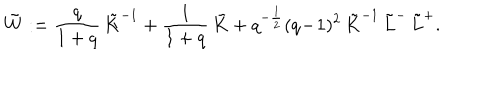
\tilde { W } : = \frac q { 1 + q } \, \tilde { K } ^ { - 1 } + \frac 1 { 1 + q } \, \tilde { K } + q ^ { - \frac 1 2 } ( q \! - \! 1 ) ^ { 2 } \, \tilde { K } ^ { - 1 } \, \tilde { L } ^ { - } \, \tilde { L } ^ { + } .